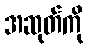
အဆုတ်ကို